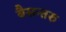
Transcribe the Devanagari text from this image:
बैसन्तरु